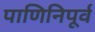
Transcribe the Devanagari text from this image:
पाणिनिपूर्व